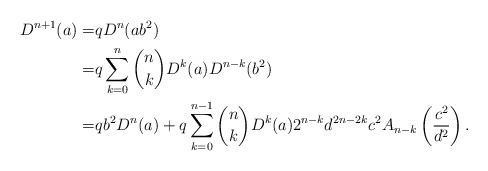
LaTeX: \begin{align*}D^{n+1}(a)=&qD^n(ab^2)\\ =&q\sum_{k=0}^n\binom{n}{k}D^k(a)D^{n-k}(b^2)\\ =&qb^2D^n(a)+q\sum_{k=0}^{n-1}\binom{n}{k}D^k(a)2^{n-k}d^{2n-2k}c^2A_{n-k}\left(\frac{c^2}{d^2}\right).\end{align*}